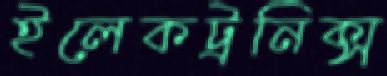
ইলেকট্রনিক্‌স